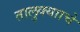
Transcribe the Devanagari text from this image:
तालुक्यााचे